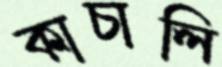
কাচালি